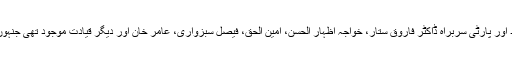
رہائی کے وقت جیل کے باہر ایم کیو ایم پاکستان کے سینکڑوں کارکن، ہمدرد اور پارٹی سربراہ ڈاکٹر فاروق ستار، خواجہ اظہار الحسن، امین الحق، فیصل سبزواری، عامر خان اور دیگر قیادت موجود تھی جنہوں نے وسیم اختر کا سینٹرل جیل کے مرکزی دروازے پر پُرجوش استقبال کیا۔